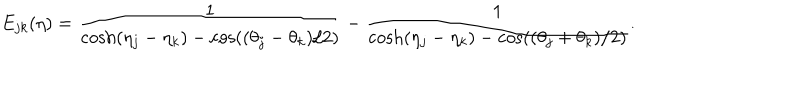
E _ { j k } ( \eta ) = \frac { 1 } { \cosh ( \eta _ { j } - \eta _ { k } ) - \cos ( ( \theta _ { j } - \theta _ { k } ) / 2 ) } - \frac { 1 } { \cosh ( \eta _ { j } - \eta _ { k } ) - \cos ( ( \theta _ { j } + \theta _ { k } ) / 2 ) } .